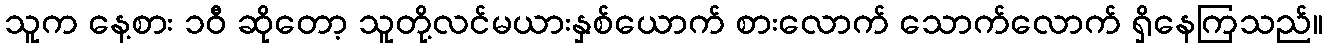
သူက နေ့စား ၁၀ီ ဆိုတော့ သူတို့လင်မယားနှစ်ယောက် စားလောက် သောက်လောက် ရှိနေကြသည်။